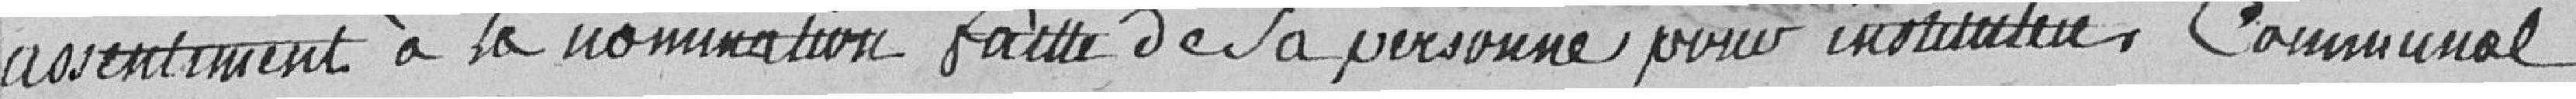
assentiment à la nomination faite de sa personne pour instituteur communal